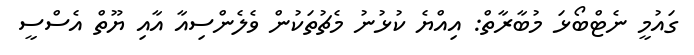
ގައުމީ ނެޓްބޯޅަ މުބާރާތް: އިއްޔެ ކުޅުނު މެޗުތަކުން ވެލެންސިއާ އާއި ޔޫތް އެސްސީ